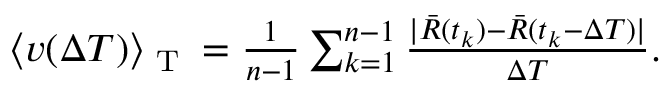
\begin{array} { r } { \langle v ( \Delta T ) \rangle _ { \textnormal { T } } = \frac { 1 } { n - 1 } \sum _ { k = 1 } ^ { n - 1 } \frac { \vert \bar { R } ( t _ { k } ) - \bar { R } ( t _ { k } - \Delta T ) \vert } { \Delta T } . } \end{array}